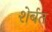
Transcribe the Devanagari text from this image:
शेर्बत